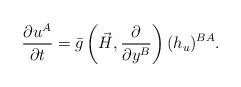
LaTeX: \begin{align*}\frac{\partial u^A}{\partial t}= \bar{g}\left( \vec{H},\frac{\partial}{\partial y^B} \right) (h_u)^{BA}.\end{align*}